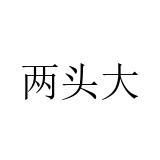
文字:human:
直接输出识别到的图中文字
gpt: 两头大